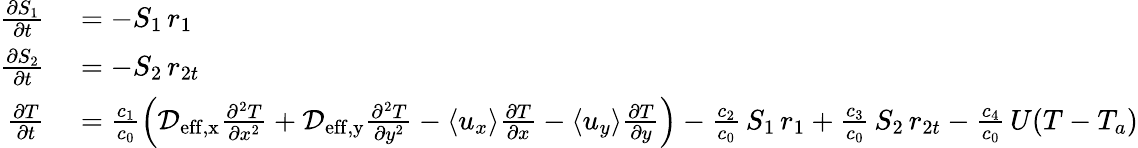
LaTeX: \begin{array}{rl}{\frac{\partial S_{1}}{\partial t}}&{{}=-S_{1}\, r_{1}}\\ {\frac{\partial S_{2}}{\partial t}}&{{}=-S_{2}\, r_{2t}}\\ {\frac{\partial T}{\partial t}}&{{}=\frac{c_{1}}{c_{0}}\left(\mathcal D_{\mathrm{eff,x}}\frac{\partial^{2}T}{\partial x^{2}}+\mathcal D_{\mathrm{eff,y}}\frac{\partial^{2}T}{\partial y^{2}}-\left<u_{x}\right>\frac{\partial T}{\partial x}-\left<u_{y}\right>\frac{\partial T}{\partial y}\right)-\frac{c_{2}}{c_{0}}\, S_{1}\, r_{1}+\frac{c_{3}}{c_{0}}\, S_{2}\, r_{2t}-\frac{c_{4}}{c_{0}}\, U(T-T_{a})}\end{array}